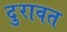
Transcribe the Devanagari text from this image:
दुरावत